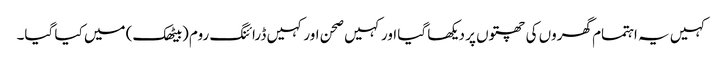
کہیں یہ اہتمام گھروں کی چھتوں پر دیکھا گیا اور کہیں صحن اور کہیں ڈرائنگ روم (بیٹھک) میں کیا گیا۔